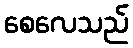
စေလေသည်